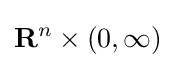
\mathbf {R} ^{n}\times (0,\infty )